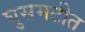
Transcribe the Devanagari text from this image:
घुसमटीत